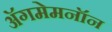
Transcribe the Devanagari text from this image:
अॅगमेमनॉन